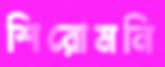
শিরোমনি